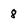
Character: 8